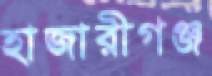
হাজারীগঞ্জ